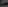
Text: -